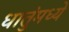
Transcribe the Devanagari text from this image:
धातुंमध्ये